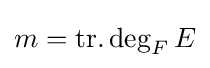
m=\operatorname {tr.deg} _{F}E